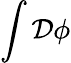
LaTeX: \int{\mathcal{D}}\phi